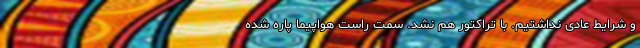
و شرایط عادی نداشتیم. با تراکتور هم نشد. سمت راست هواپیما پاره شده